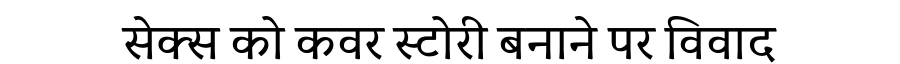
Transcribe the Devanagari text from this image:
सेक्स को कवर स्टोरी बनाने पर विवाद